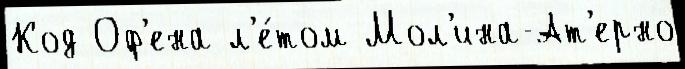
Код Оф'ена л'е́том Мол'ина-Ат'ерно